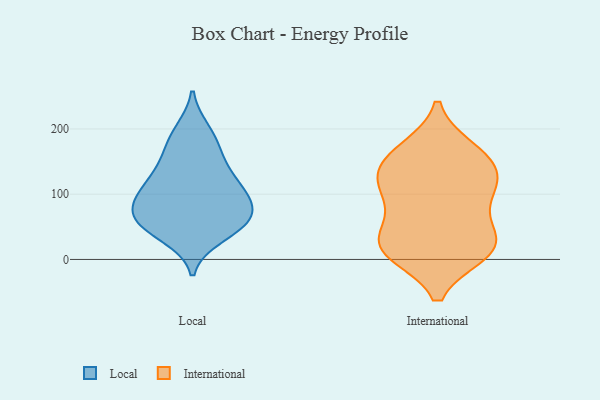
{"axis": {"x": "Customer Acquisition Cost (USD)", "y": "Value"}, "legend": ["International", "Local"], "data": [{"x": "", "y": 57, "type": "Local"}, {"x": "", "y": 93, "type": "Local"}, {"x": "", "y": 37, "type": "Local"}, {"x": "", "y": 67, "type": "Local"}, {"x": "", "y": 54, "type": "Local"}, {"x": "", "y": 106, "type": "Local"}, {"x": "", "y": 184, "type": "Local"}, {"x": "", "y": 127, "type": "Local"}, {"x": "", "y": 96, "type": "Local"}, {"x": "", "y": 196, "type": "Local"}, {"x": "", "y": 54, "type": "Local"}, {"x": "", "y": 98, "type": "Local"}, {"x": "", "y": 138, "type": "Local"}, {"x": "", "y": 160, "type": "Local"}, {"x": "", "y": 63, "type": "Local"}, {"x": "", "y": 10, "type": "International"}, {"x": "", "y": 125, "type": "International"}, {"x": "", "y": 11, "type": "International"}, {"x": "", "y": 51, "type": "International"}, {"x": "", "y": 169, "type": "International"}, {"x": "", "y": 146, "type": "International"}, {"x": "", "y": 149, "type": "International"}, {"x": "", "y": 29, "type": "International"}, {"x": "", "y": 117, "type": "International"}, {"x": "", "y": 118, "type": "International"}, {"x": "", "y": 168, "type": "International"}, {"x": "", "y": 10, "type": "International"}, {"x": "", "y": 18, "type": "International"}, {"x": "", "y": 93, "type": "International"}, {"x": "", "y": 91, "type": "International"}, {"x": "", "y": 34, "type": "International"}]}